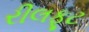
રીલફૂટ